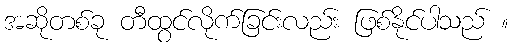
အဆိုတစ်ခု တီထွင်လိုက်ခြင်းလည်း ဖြစ်နိုင်ပါသည် ။